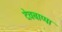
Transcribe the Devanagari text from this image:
देवबाप्पा